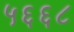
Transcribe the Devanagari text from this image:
५६६८